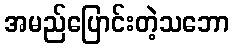
အမည်ပြောင်းတဲ့သဘော